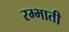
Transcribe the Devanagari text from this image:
रम्भाती